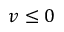
v \leq 0